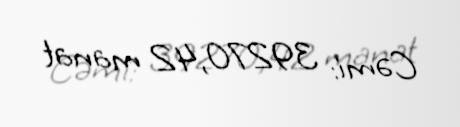
Cəmi: 39270,42 manat